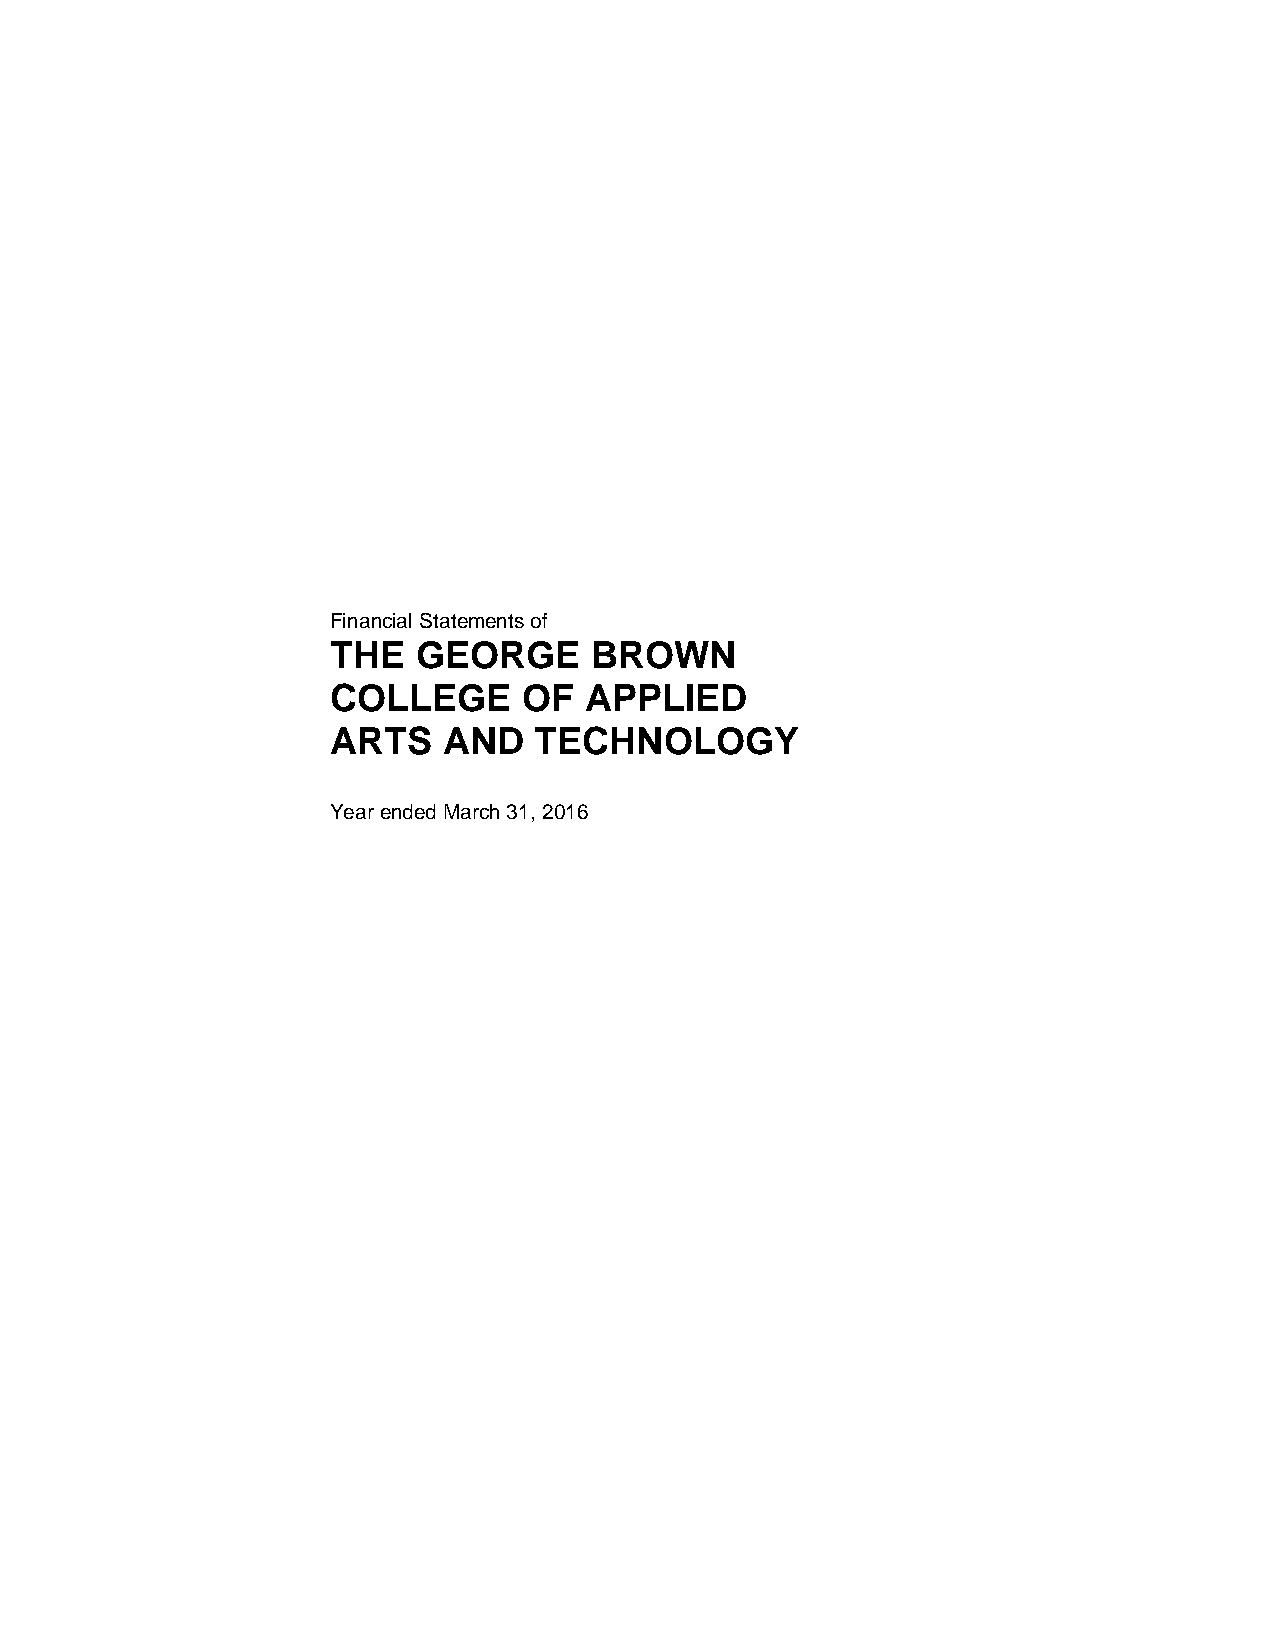
Financial Statements of
 THE   GEORGE     BROWN
 COLLEGE      OF  APPLIED
 ARTS   AND   TECHNOLOGY
 Year ended March 31, 2016